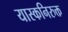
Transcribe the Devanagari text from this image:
यास्कनिरुक्त